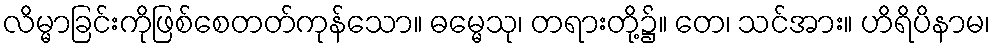
လိမ္မာခြင်းကိုဖြစ်စေတတ်ကုန်သော။ ဓမ္မေသု၊ တရားတို့၌။ တေ၊ သင်အား။ ဟိရိပိနာမ၊